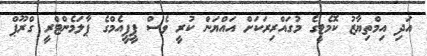
އަދި އިމްތިޔާޒު ކޮމެޓީގެ މުގައްރިރަކަށް އައްޔަން ކުރީ ވެސް ޕީޕީއެމްގެ ޕާލަމެންޓްރީ ގްރޫޕް